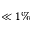
\ll 1 \%